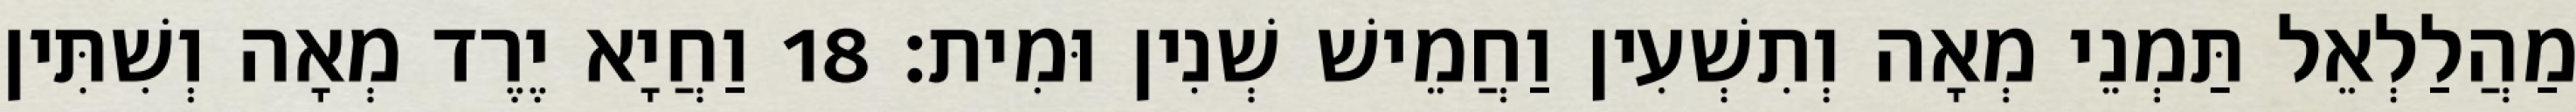
מַהֲלַלְאֵל תַּמְנֵי מְאָה וְתִשְׁעִין וַחֲמֵישׁ שְׁנִין וּמִית׃ 18 וַחֲיָא יֶרֶד מְאָה וְשִׁתִּין